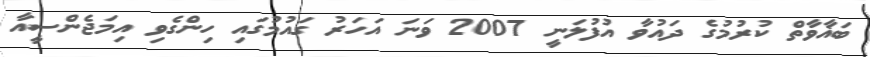
ބަޣާވާތް ކުރުމުގެ ދައުވާ އުފުލަނީ 2007 ވަނަ އަހަރު ގައުމުގައި ހިންގެވި އިމަޖެންސީއާ